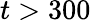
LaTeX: t>300